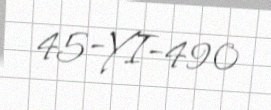
45-YI-490